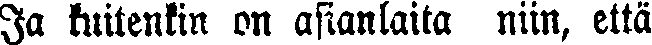
Ja kuitenkin on asianlaita niin, että